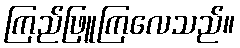
ကြည်ဖြူကြလေသည်။